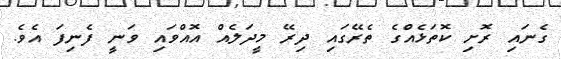
ގެނައި ރޮށި ކޮތަޅެއްގެ ތެރޭގައި ދިރޭ މީދަލެއް އޮއްވައި ވަނީ ފެނިފަ އެވެ.